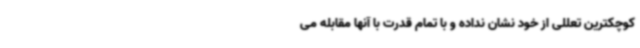
کوچکترین تعللی از خود نشان نداده و با تمام قدرت با آنها مقابله می